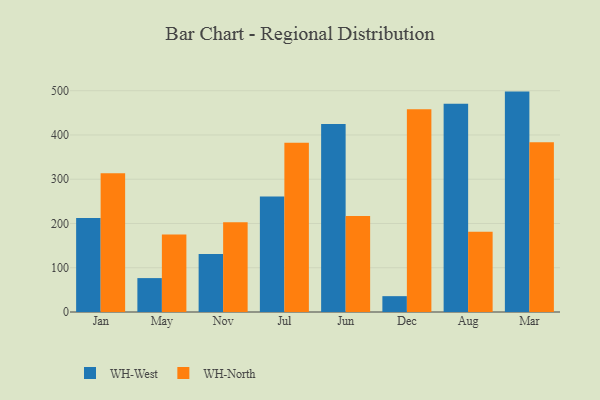
{"axis": {"x": "Month", "y": "Gross Profit (USD K)"}, "legend": ["WH-North", "WH-West"], "data": [{"x": "Jan", "y": 212.5, "type": "WH-West"}, {"x": "Jan", "y": 313.6, "type": "WH-North"}, {"x": "May", "y": 76.6, "type": "WH-West"}, {"x": "May", "y": 175.3, "type": "WH-North"}, {"x": "Nov", "y": 131.1, "type": "WH-West"}, {"x": "Nov", "y": 202.9, "type": "WH-North"}, {"x": "Jul", "y": 260.8, "type": "WH-West"}, {"x": "Jul", "y": 382.4, "type": "WH-North"}, {"x": "Jun", "y": 424.6, "type": "WH-West"}, {"x": "Jun", "y": 217.0, "type": "WH-North"}, {"x": "Dec", "y": 35.8, "type": "WH-West"}, {"x": "Dec", "y": 458.1, "type": "WH-North"}, {"x": "Aug", "y": 470.6, "type": "WH-West"}, {"x": "Aug", "y": 181.4, "type": "WH-North"}, {"x": "Mar", "y": 498.0, "type": "WH-West"}, {"x": "Mar", "y": 383.4, "type": "WH-North"}]}